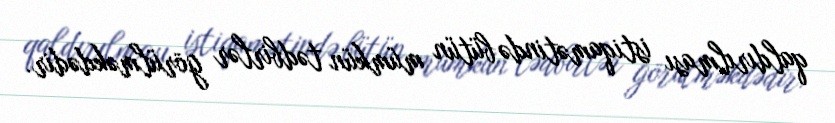
qaldırılması istiqamətində bütün mümkün tədbirlər görülməkdədir.